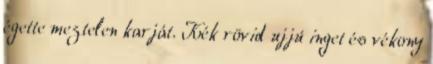
égette meztelen karját. Kék rövid ujjú inget és vékony